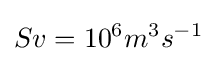
Sv=10^{6}m^{3}s^{-1}